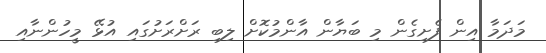
މަދަމާ އިން ފެށިގެން މި ބަޔާން އާންމުކޮށް ލިބި ރަށްރަށުގައި އުޅޭ މީހުންނާއި